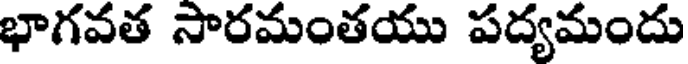
భాగవత సారమంతయు పద్యమందు